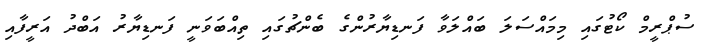
ސުޕްރީމް ކޯޓުގައި މިމައްސަލަ ބައްލަވާ ފަނޑިޔާރުންގެ ބެންޗުގައި ތިއްބަވަނީ ފަނޑިޔާރު އަބްދު އަރީފާއި